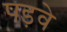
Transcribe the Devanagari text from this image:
पड़वे